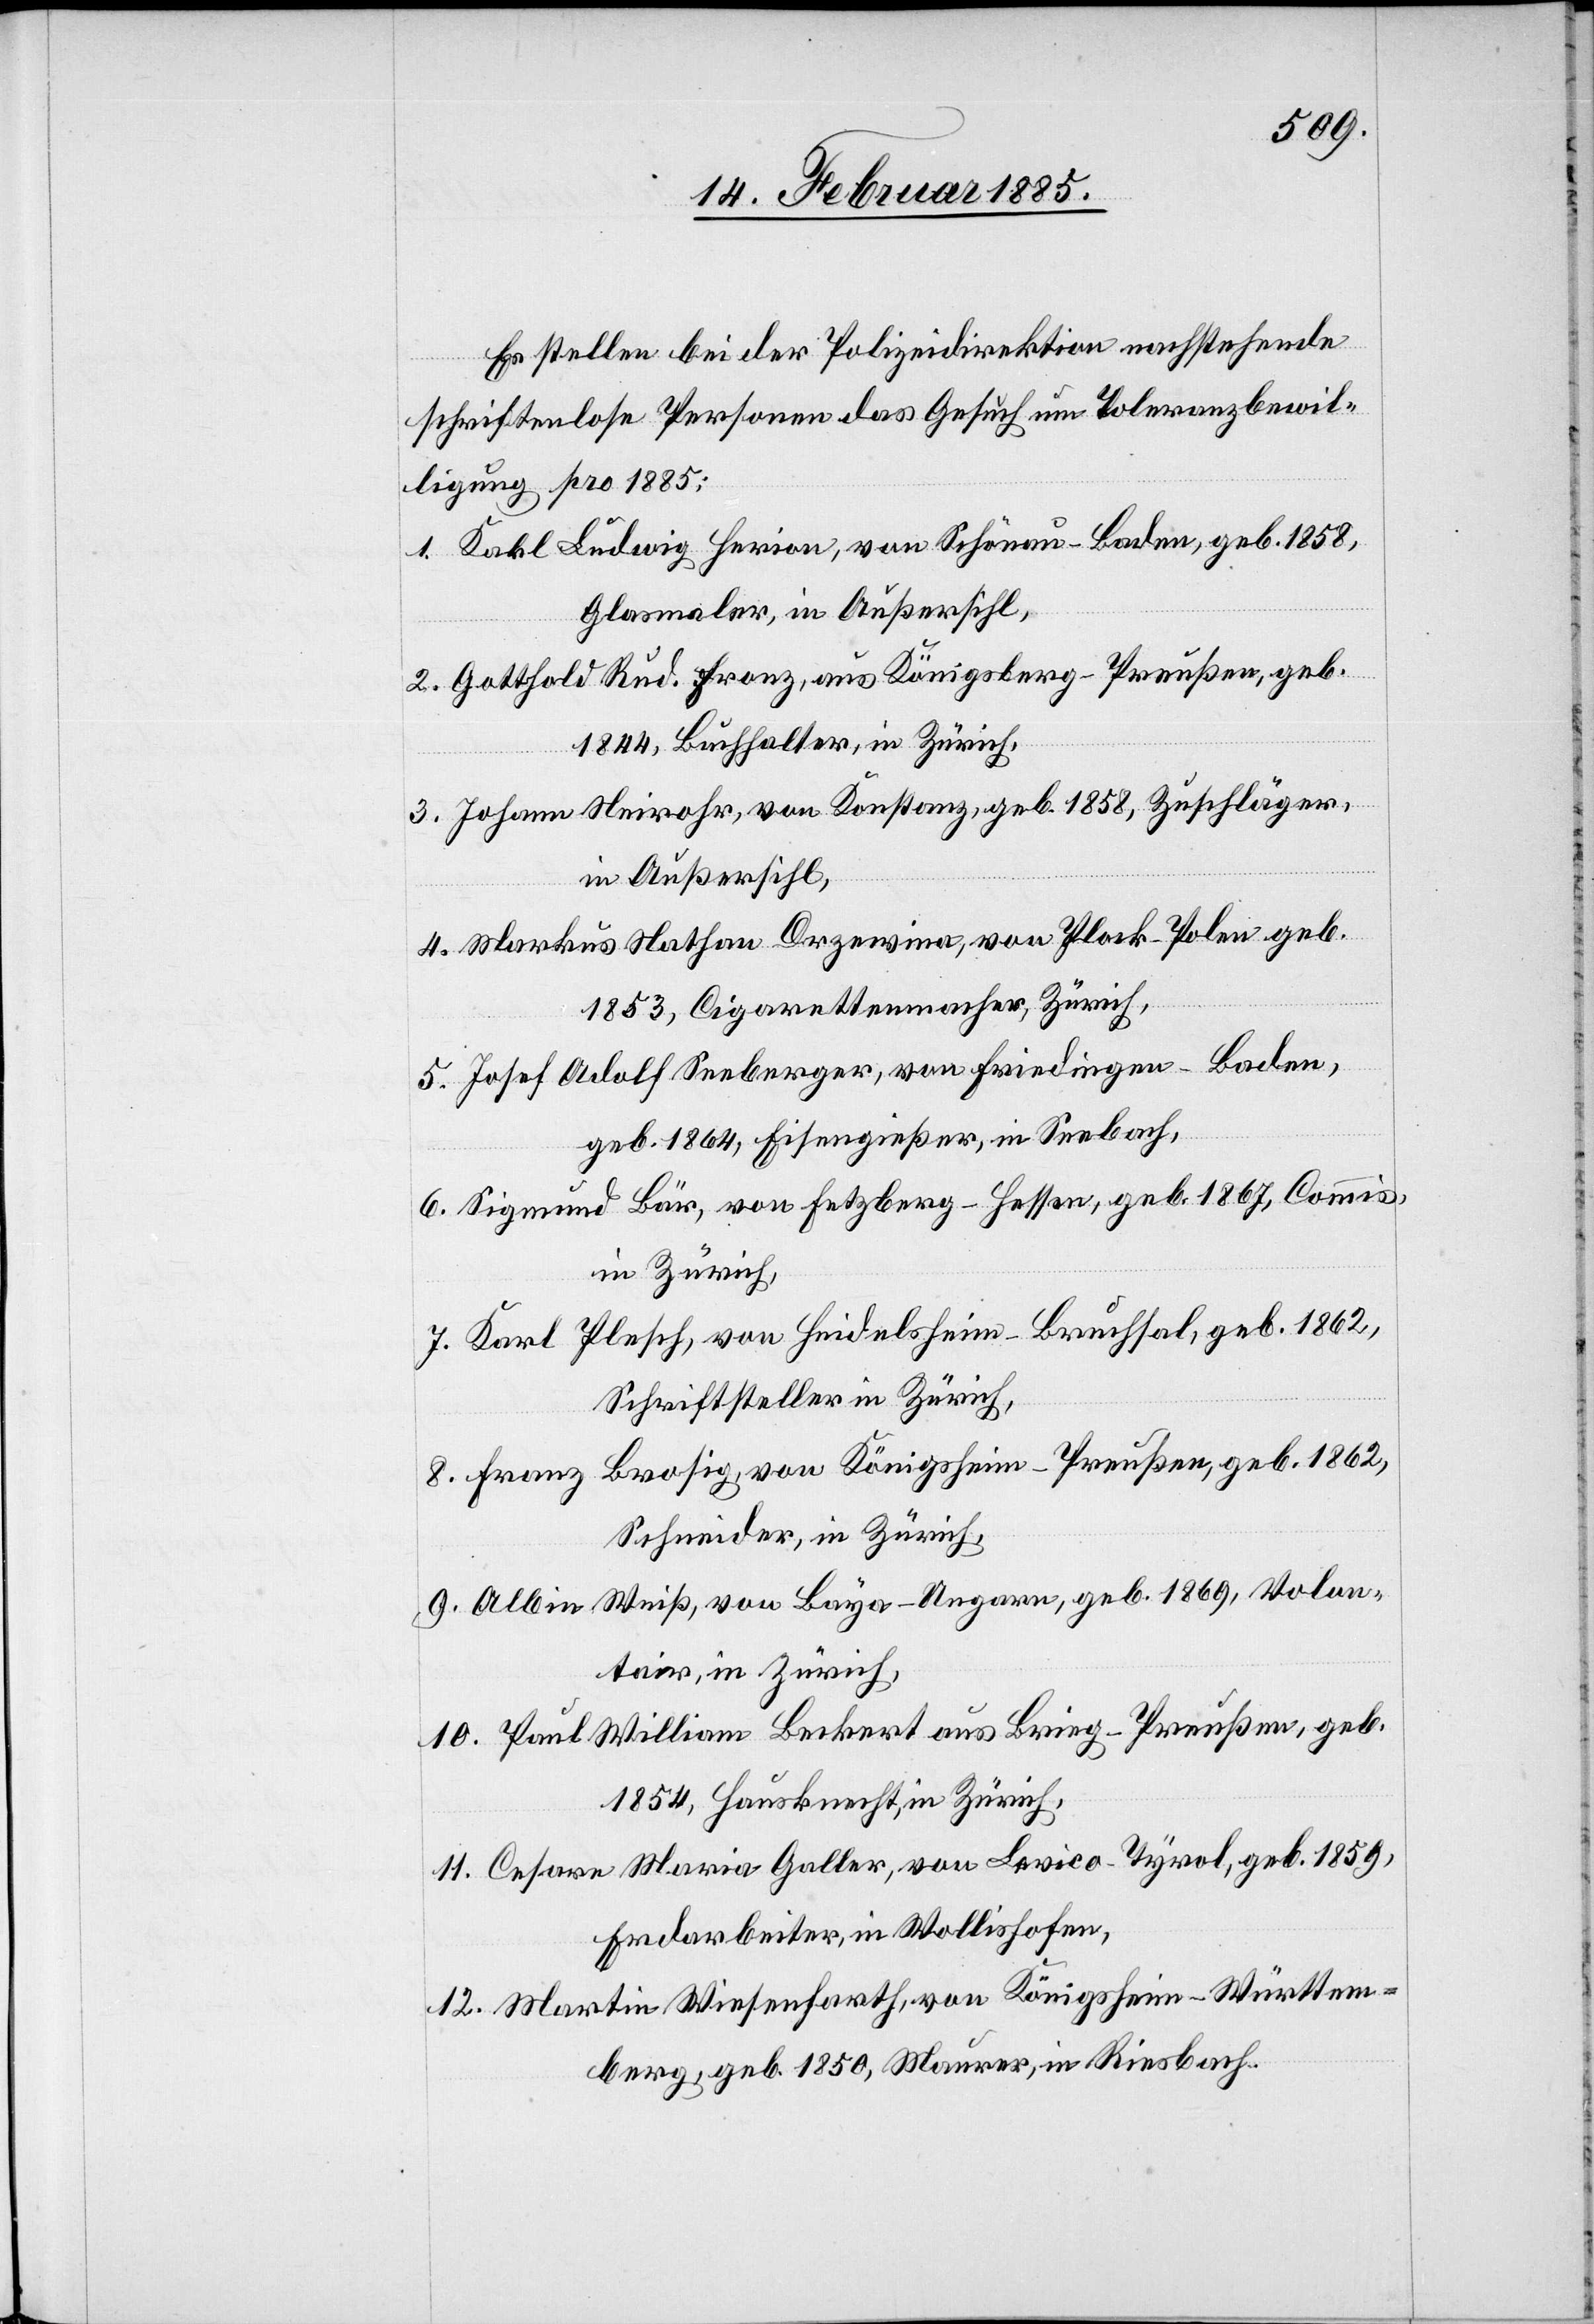
Es stellen bei der Polizeidirektion nachstehende
schriftenlose Personen das Gesuch um Toleranzbewil¬
ligung pro 1885:
1. Karl Ludwig Herion, von Schönau - Baden, geb. 1858,
Glasmaler, in Außersihl,
2. Gotthold Rud. Fronz, aus Königsberg - Preußen, geb.
1844, Buchhalter, in Zürich,
3. Johann Neirohr, von Konstanz, geb. 1858, Zuschläger,
in Außersihl,
4. Markus Nathan Drzewina, von Plock - Polen geb.
1853, Cigarettenmacher, Zürich,
5. Josef Adolf Seeberger, von Friedingen - Baden,
geb. 1864, Eisengießer, in Seebach,
6. Sigmund Bär, von Fetzberg - Hessen, geb. 1867, Commis,
in Zürich,
7. Karl Plesch, von Heidelsheim - Bruchsal, geb. 1862,
8. Franz Brosig, von Königsheim - Preußen, geb. 1862,
Schneider, in Zürich,
9. Albin Weiß, von Baya - Ungarn, geb. 1869, Volon¬
tair, in Zürich,
10. Paul William Beckert aus Brieg - Preußen, geb.
1854, Hausknecht, in Zürich,
11. Cesare Maria Galler, von Levico - Tyrol, geb. 1859,
Erdarbeiter, in Wollishofen,
12. Martin Wiesenfarth, von Königsheim - Württem¬
berg, geb. 1850, Maurer, in Riesbach,